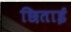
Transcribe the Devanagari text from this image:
छिताई